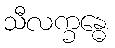
သီလက္ခန္ဓေ